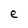
Character: e